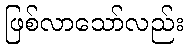
ဖြစ်လာသော်လည်း